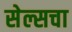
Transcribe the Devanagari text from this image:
सेल्सचा